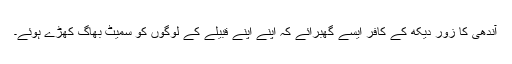
آندھی کا زور دیکھ کے کافر ایسے گھبرائے کہ اپنے اپنے قبیلے کے لوگوں کو سمیٹ بھاگ کھڑے ہوئے۔